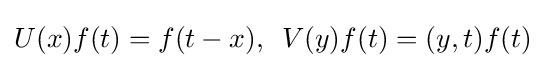
U(x)f(t)=f(t-x),\,\,\,V(y)f(t)=(y,t)f(t)